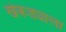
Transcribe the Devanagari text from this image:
खेकड्याला